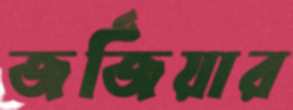
জর্জিয়ার